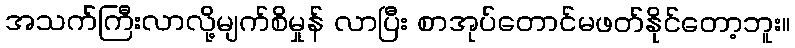
အသက်ကြီးလာလို့မျက်စိမှုန် လာပြီး စာအုပ်တောင်မဖတ်နိုင်တော့ဘူး။